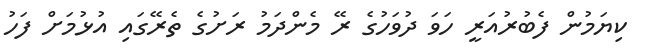
ކިޔަމުން ފެބުރުއަރީ ހަވަ ދުވަހުގެ ރޭ މެންދަމު ރަށުގެ ތެރޭގައި އުޅުމަށް ފަހު